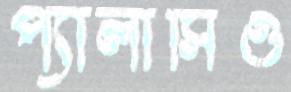
প্যালাসিও